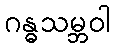
ဂန္ဓသမ္ဘဝါ